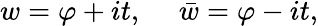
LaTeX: w=\varphi+it,\ \ \ \ \ \bar{w}=\varphi-it,